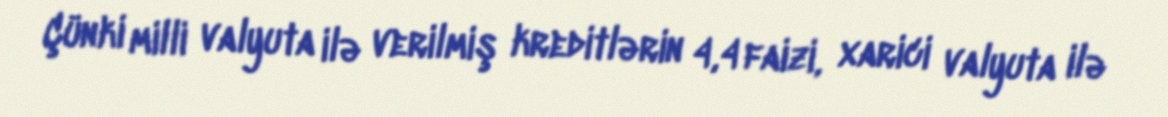
Çünki milli valyuta ilə verilmiş kreditlərin 4,4 faizi, xarici valyuta ilə